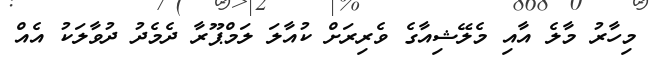
މިހާރު މާލެ އާއި މެލޭޝިއާގެ ވެރިރަށް ކުއާލަ ލަމްޕޫރާ ދެމެދު ދުވާލަކު އެއް